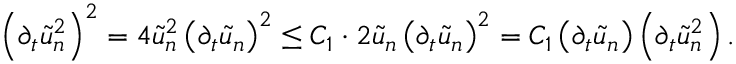
\left( \partial _ { t } \tilde { u } _ { n } ^ { 2 } \right) ^ { 2 } = 4 \tilde { u } _ { n } ^ { 2 } \left( \partial _ { t } \tilde { u } _ { n } \right) ^ { 2 } \leq C _ { 1 } \cdot 2 \tilde { u } _ { n } \left( \partial _ { t } \tilde { u } _ { n } \right) ^ { 2 } = C _ { 1 } \left( \partial _ { t } \tilde { u } _ { n } \right) \left( \partial _ { t } \tilde { u } _ { n } ^ { 2 } \right) .